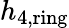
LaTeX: h_{4,\mathrm{ring}}